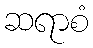
ဆရာစံ